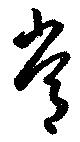
常